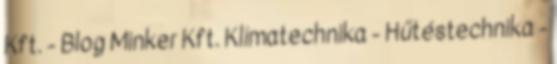
Kft. - Blog Minker Kft. Klímatechnika - Hűtéstechnika -